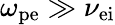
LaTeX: \omega_{\mathrm{{pe}}}\gg\nu_{\mathrm{ei}}